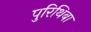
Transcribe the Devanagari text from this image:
पुरिथिबा